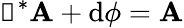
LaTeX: \boldsymbol\upeta^{*}{\cal\mathbf{A}}+\mathrm{{d}}\phi={\cal\mathbf{A}}